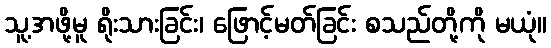
သူ့အဖို့မူ ရိုးသားခြင်း၊ ဖြောင့်မတ်ခြင်း စသည်တို့ကို မယုံ။